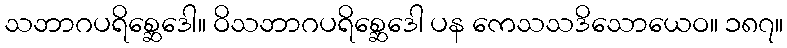
သဘာဂပရိစ္ဆေဒေါ။ ဝိသဘာဂပရိစ္ဆေဒေါ ပန ကေသသဒိသောယေဝ။ ၁၈၇။